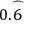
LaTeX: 0 . { \overset { \frown } { 6 } }